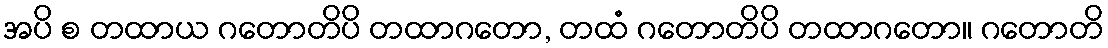
အပိ စ တထာယ ဂတောတိပိ တထာဂတော, တထံ ဂတောတိပိ တထာဂတော။ ဂတောတိ